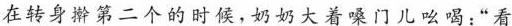
在转身擀第二个的时候，奶奶大着嗓门儿吆喝:“看